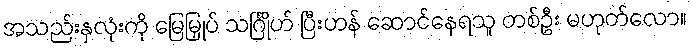
အသည်းနှလုံးကို မြေမြှုပ် သင်္ဂြိုဟ် ပြီးဟန် ဆောင်နေရသူ တစ်ဦး မဟုတ်လော။